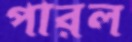
পারল